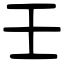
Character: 壬